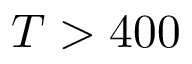
T > 4 0 0